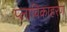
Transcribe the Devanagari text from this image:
प्लाविकाहरण